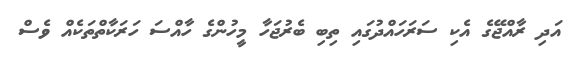
އަދި ރާއްޖޭގެ އެކި ސަރަހައްދުގައި ތިބި ބެރުޖަހާ މީހުންގެ ހާއްސަ ހަރަކާތްތަކެއް ވެސް